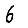
Digit: 6